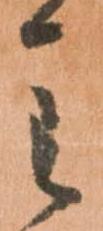
主